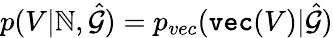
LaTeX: p(V|\mathbb{N},\hat{{\mathcal{{G}}}})=p_{vec}(\texttt{{vec}}(V)|\hat{{\mathcal{{G}}}})